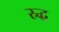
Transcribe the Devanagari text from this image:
स्र्द्ध